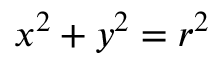
x ^ { 2 } + y ^ { 2 } = r ^ { 2 }